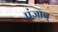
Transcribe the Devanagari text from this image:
पंजाब्